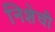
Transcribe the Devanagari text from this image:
निशेची